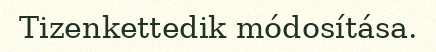
Tizenkettedik módosítása.